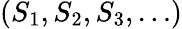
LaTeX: (S_{1},S_{2},S_{3},\dots)